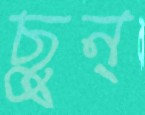
ছুন্